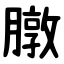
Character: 㬿